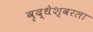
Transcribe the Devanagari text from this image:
वृद्धेश्‍वरला